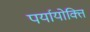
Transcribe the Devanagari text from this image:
पर्यायोक्ति